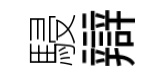
駸辯